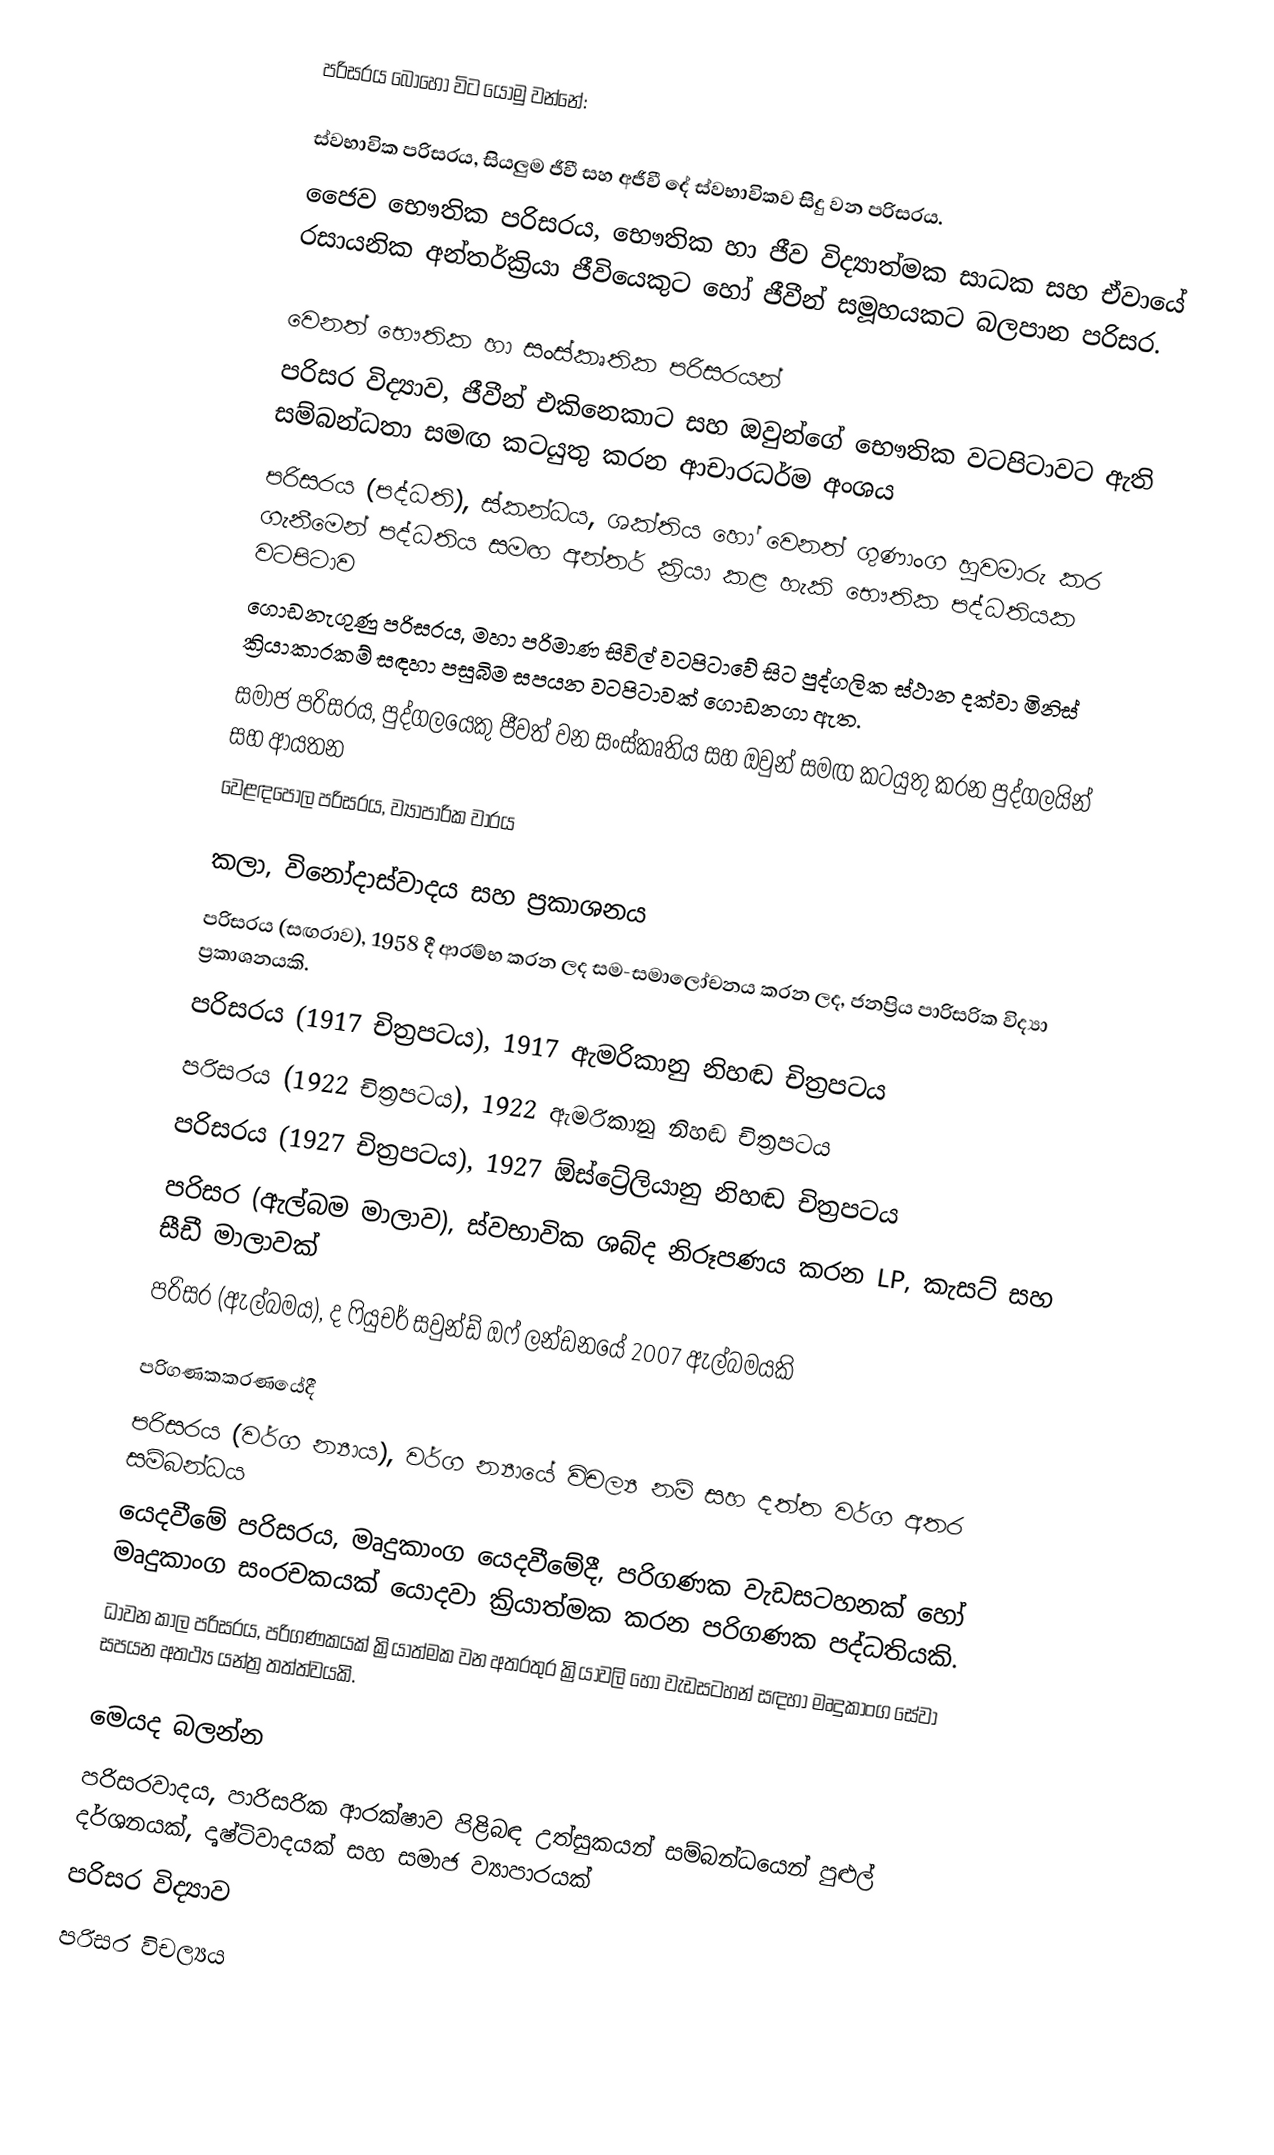
පරිසරය බොහෝ විට යොමු වන්නේ:

 ස්වභාවික පරිසරය, සියලුම ජීවී සහ අජීවී දේ ස්වභාවිකව සිදු වන පරිසරය.
 ජෛව භෞතික පරිසරය, භෞතික හා ජීව විද්‍යාත්මක සාධක සහ ඒවායේ රසායනික අන්තර්ක්‍රියා ජීවියෙකුට හෝ ජීවීන් සමූහයකට බලපාන පරිසර.

වෙනත් භෞතික හා සංස්කෘතික පරිසරයන්
පරිසර විද්‍යාව, ජීවීන් එකිනෙකාට සහ ඔවුන්ගේ භෞතික වටපිටාවට ඇති සම්බන්ධතා සමඟ කටයුතු කරන ආචාරධර්ම අංශය
පරිසරය (පද්ධති), ස්කන්ධය, ශක්තිය හෝ වෙනත් ගුණාංග හුවමාරු කර ගැනීමෙන් පද්ධතිය සමඟ අන්තර් ක්‍රියා කළ හැකි භෞතික පද්ධතියක වටපිටාව
ගොඩනැගුණු පරිසරය, මහා පරිමාණ සිවිල් වටපිටාවේ සිට පුද්ගලික ස්ථාන දක්වා මිනිස් ක්‍රියාකාරකම් සඳහා පසුබිම සපයන වටපිටාවක් ගොඩනගා ඇත.
සමාජ පරිසරය, පුද්ගලයෙකු ජීවත් වන සංස්කෘතිය සහ ඔවුන් සමඟ කටයුතු කරන පුද්ගලයින් සහ ආයතන
වෙළඳපොල පරිසරය, ව්‍යාපාරික වාරය

කලා, විනෝදාස්වාදය සහ ප්‍රකාශනය
 පරිසරය (සඟරාව), 1958 දී ආරම්භ කරන ලද සම-සමාලෝචනය කරන ලද, ජනප්‍රිය පාරිසරික විද්‍යා ප්‍රකාශනයකි.
 පරිසරය (1917 චිත්‍රපටය), 1917 ඇමරිකානු නිහඬ චිත්‍රපටය
 පරිසරය (1922 චිත්‍රපටය), 1922 ඇමරිකානු නිහඬ චිත්‍රපටය
 පරිසරය (1927 චිත්‍රපටය), 1927 ඕස්ට්‍රේලියානු නිහඬ චිත්‍රපටය
 පරිසර (ඇල්බම මාලාව), ස්වභාවික ශබ්ද නිරූපණය කරන LP, කැසට් සහ සීඩී මාලාවක්
 පරිසර (ඇල්බමය), ද ෆියුචර් සවුන්ඩ් ඔෆ් ලන්ඩනයේ 2007 ඇල්බමයකි

පරිගණකකරණයේදී
 පරිසරය (වර්ග න්‍යාය), වර්ග න්‍යායේ විචල්‍ය නම් සහ දත්ත වර්ග අතර සම්බන්ධය
 යෙදවීමේ පරිසරය, මෘදුකාංග යෙදවීමේදී, පරිගණක වැඩසටහනක් හෝ මෘදුකාංග සංරචකයක් යොදවා ක්‍රියාත්මක කරන පරිගණක පද්ධතියකි.
 ධාවන කාල පරිසරය, පරිගණකයක් ක්‍රියාත්මක වන අතරතුර ක්‍රියාවලි හෝ වැඩසටහන් සඳහා මෘදුකාංග සේවා සපයන අතථ්‍ය යන්ත්‍ර තත්ත්වයකි.

මෙයද බලන්න
 පරිසරවාදය, පාරිසරික ආරක්ෂාව පිළිබඳ උත්සුකයන් සම්බන්ධයෙන් පුළුල් දර්ශනයක්, දෘෂ්ටිවාදයක් සහ සමාජ ව්‍යාපාරයක්
 පරිසර විද්‍යාව
 පරිසර විචල්‍යය